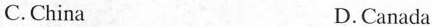
C.China D.Canada